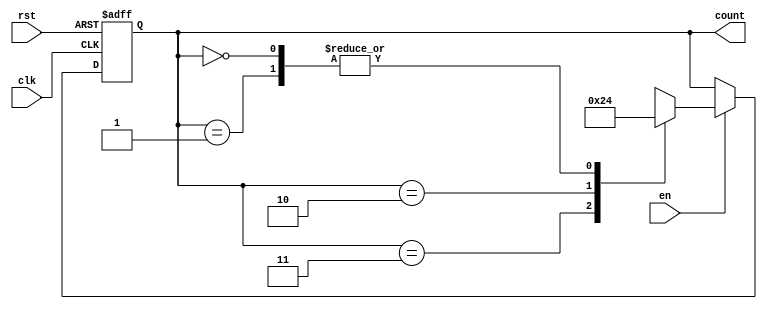
module down_counter (
    input wire clk,      // Clock signal
    input wire rst,      // Asynchronous reset signal
    input wire en,       // Enable signal
    output reg [1:0] count // 2-bit output representing the current count
);

// State encoding
localparam S3 = 2'b11; // State 3
localparam S2 = 2'b10; // State 2
localparam S1 = 2'b01; // State 1
localparam S0 = 2'b00; // State 0

// Current state register
reg [1:0] current_state;

// Sequential logic for state transitions
always @(posedge clk or posedge rst) begin
    if (rst) begin
        current_state <= S3; // Reset to maximum count state
    end else if (en) begin
        case (current_state)
            S3: current_state <= S2; // Transition from S3 to S2
            S2: current_state <= S1; // Transition from S2 to S1
            S1: current_state <= S0; // Transition from S1 to S0
            S0: current_state <= S0; // Remain in S0
            default: current_state <= S3; // Default case (should not occur)
        endcase
    end
end

// Output logic (Moore output)
always @(*) begin
    count = current_state; // Output is the current state
end

endmodule